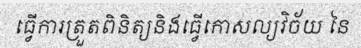
ធ្វើការត្រួតពិនិត្យនិងធ្វើកោសល្យវិច័យ នៃ